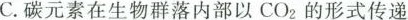
C.碳元素在生物群内部以CO_{2}的形式传递